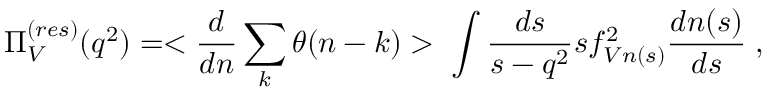
\Pi _ { V } ^ { ( r e s ) } ( q ^ { 2 } ) = < \frac { d } { d n } \sum _ { k } \theta ( n - k ) > \; \int \frac { d s } { s - q ^ { 2 } } s f _ { V n ( s ) } ^ { 2 } \frac { d n ( s ) } { d s } \; ,